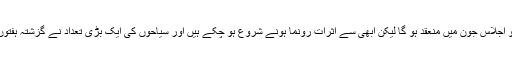
چھنگ تاو میں اگرچہ ایس سی او اجلاس جون میں منعقد ہو گا لیکن ابھی سے اثرات رونما ہونے شروع ہو چکے ہیں اور سیاحوں کی ایک بڑی تعداد نے گزشتہ ہفتوں کے دوران یہاں کا رخ کیا ہے۔